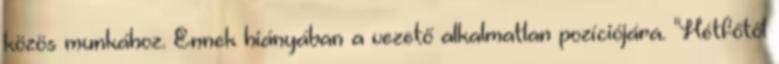
közös munkához. Ennek hiányában a vezető alkalmatlan pozíciójára. "Hétfőtől